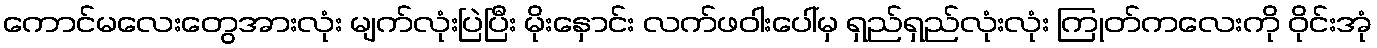
ကောင်မလေးတွေအားလုံး မျက်လုံးပြဲပြီး မိုးနှောင်း လက်ဖဝါးပေါ်မှ ရှည်ရှည်လုံးလုံး ကြုတ်ကလေးကို ဝိုင်းအုံ